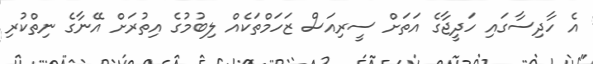
އެ ހާދިސާގައި ހަދީޖާގެ އަތަށް ސީރިއަސް ޒަހަމްތަކެއް ލިބުމުގެ އިތުރަށް އޭނާގެ ނިތްކުރި